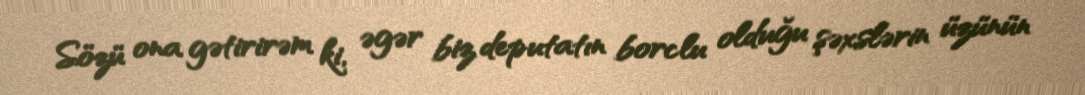
Sözü ona gətirirəm ki, əgər biz deputatın borclu olduğu şəxslərin üzünün